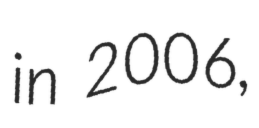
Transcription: in 2006,